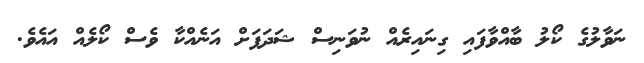
ނަވާލުގެ ކޯލު ބާއްވާފައި ގިނައިރެއް ނުވަނިސް ޝަދަފަށް އަނެއްކާ ވެސް ކޯލެއް އައެވެ.